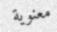
معنوية